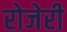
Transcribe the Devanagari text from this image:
रोजेरी